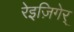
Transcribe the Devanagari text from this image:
रेइज़िगेर्